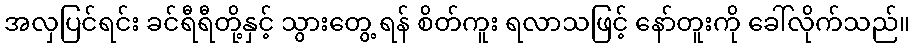
အလှပြင်ရင်း ခင်ရီရီတို့နှင့် သွားတွေ့ ရန် စိတ်ကူး ရလာသဖြင့် နော်တူးကို ခေါ်လိုက်သည်။